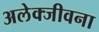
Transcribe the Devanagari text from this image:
अलेक्जीवना